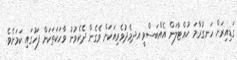
ގަޑިއިރަށް ހަނގުރާމަ ހުއްޓާލަން އެއްބަސްވީ އދމެދުވެރިއަކަށް ވެގެން ދެކެވުނު ވާހަކަތަކަށް ފަހުގައި ކަމަށެވެ.